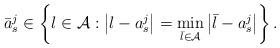
LaTeX: \begin{align*}\bar{a}^j_s \in \left\{l\in\mathcal{A}:\left|l-a^j_s\right|=\min_{\bar{l}\in\mathcal{A}}\left|\bar{l}-a^j_s\right|\right\}.\end{align*}